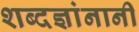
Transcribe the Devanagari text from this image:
शब्दज्ञांनानी